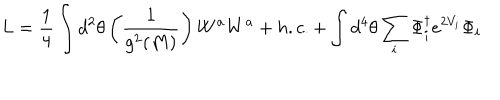
L = { \frac { 1 } { 4 } } \int d ^ { 2 } \theta \left( { \frac { 1 } { g ^ { 2 } ( M ) } } \right) W ^ { a } W ^ { a } + h . c . + \int d ^ { 4 } \theta \sum _ { i } \Phi _ { i } ^ { \dagger } e ^ { 2 V _ { i } } \Phi _ { i }